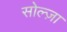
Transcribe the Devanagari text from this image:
सोल्ज़ा